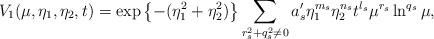
LaTeX: \begin{align*} V_1(\mu,\eta_1,\eta_2,t)= \exp\left\{-(\eta_1^2+\eta_2^2) \right\} \sum\limits_{r^2_s+q^2_s\neq 0} a'_s \eta_1^{m_s}\eta_2^{n_s} t^{l_s} \mu^{r_s} \ln^{q_s}\mu, \end{align*}